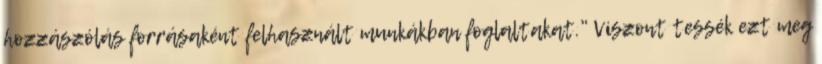
hozzászólás forrásaként felhasznált munkákban foglaltakat." Viszont tessék ezt meg